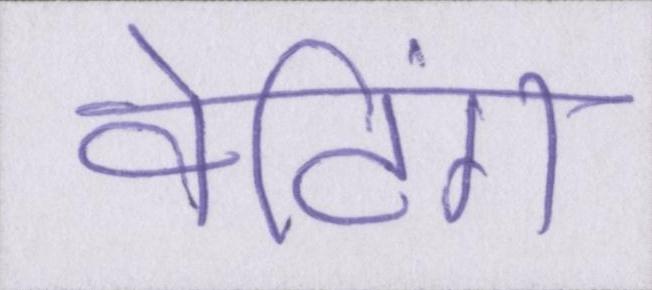
वेटिंग